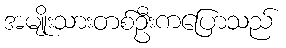
အမျိုးသားတစ်ဦးကပြောသည်